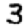
Digit: 3